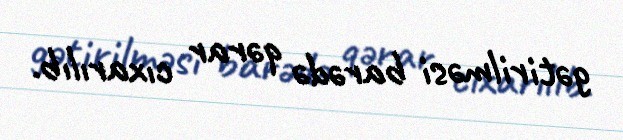
gətirilməsi barədə qərar cıxarılıb.